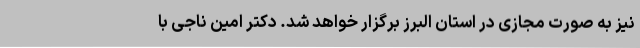
نیز به صورت مجازی در استان البرز برگزار خواهد شد. دکتر امین ناجی با